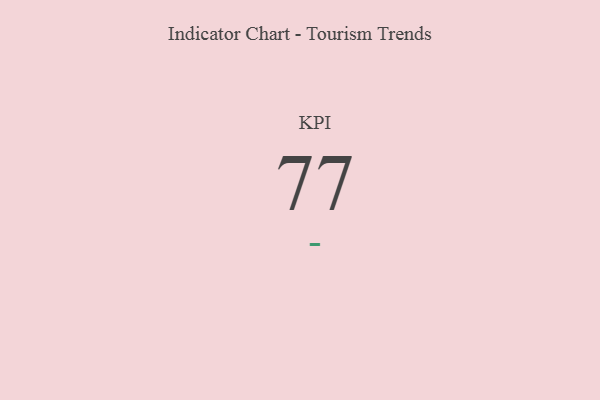
{"axis": {"x": "KPI", "y": "Value"}, "legend": [""], "data": [{"x": "KPI", "y": 77, "type": ""}]}